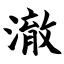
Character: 澈